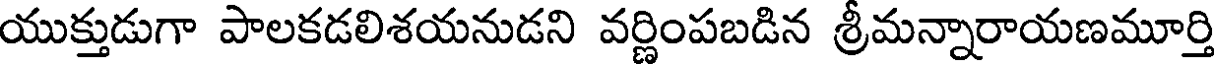
యుక్తుడుగా పాలకడలిశయనుడని వర్ణింపబడిన శ్రీమన్నారాయణమూర్తి